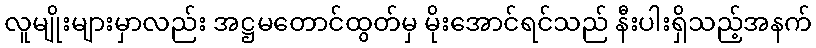
လူမျိုးများမှာလည်း အဋ္ဌမတောင်ထွတ်မှ မိုးအောင်ရင်သည် နီးပါးရှိသည့်အနက်